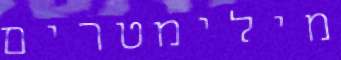
מילימטרים